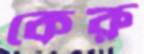
কেরু